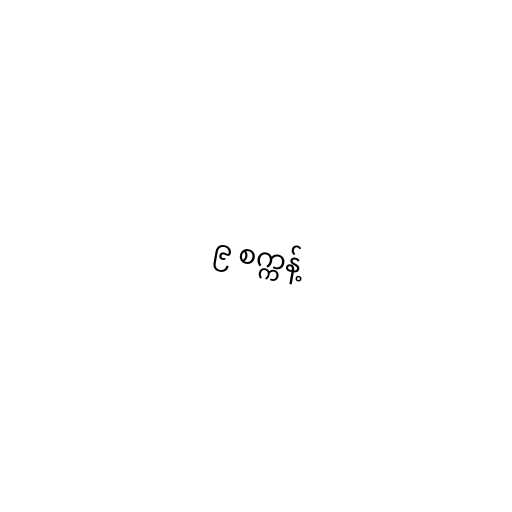
၉ စက္ကန့်